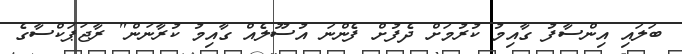
ބަލައި އިންސާފު ގާއިމު ކުރުމަށް ދެފުށް ފެންނަ އުސޫލެއް ގާއިމު ކުރާނަން" ރާޖަޕަކްސާގެ